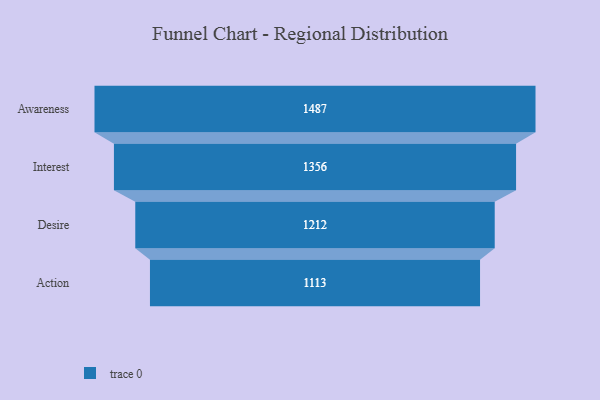
{"axis": {"x": "Stage", "y": "Value"}, "legend": [""], "data": [{"x": "Awareness", "y": 1487.0, "type": ""}, {"x": "Interest", "y": 1356.0, "type": ""}, {"x": "Desire", "y": 1212.0, "type": ""}, {"x": "Action", "y": 1113.0, "type": ""}]}